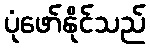
ပုံဖော်နိုင်သည်